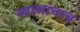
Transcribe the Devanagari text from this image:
व्यासांचाच